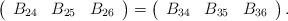
LaTeX: \begin{align*}\left (\begin{array}{ccc} B_{24} &B_{25} & B_{26}\end{array}\right)=\left (\begin{array}{ccc} B_{34} &B_{35} &B_{36} \end{array}\right).\end{align*}